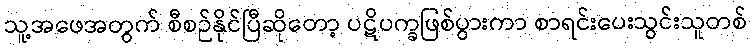
သူ့အဖေအတွက် စီစဉ်နိုင်ပြီဆိုတော့ ပဋိပက္ခဖြစ်ပွားကာ စာရင်းပေးသွင်းသူတစ်